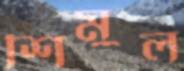
শিমুল